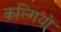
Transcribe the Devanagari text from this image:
कल्गियों